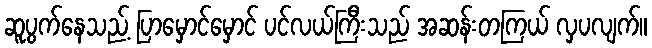
ဆူပွက်နေသည့် ပြာမှောင်မှောင် ပင်လယ်ကြီးသည် အဆန်းတကြယ် လှပလျက်။